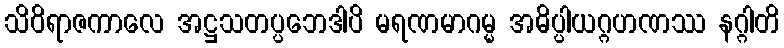
သိဝိရာဇကာလေ အဋ္ဌသတပ္ပဘေဒါပိ မရဏမာဂမ္မ အဓိပ္ပါယဂ္ဂဟဏဿ နဂ္ဂါတိ